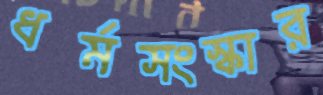
ধর্মসংস্কার